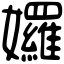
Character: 𡤢